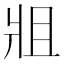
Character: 𤕲